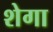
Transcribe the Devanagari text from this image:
शेगा